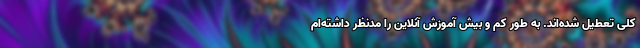
کلی تعطیل شده‌اند. به طور کم و بیش آموزش آنلاین را مدنظر داشته‌ام